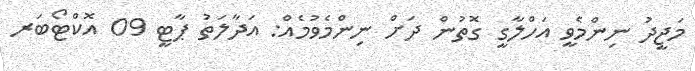
މަޖީދު ނިންމެވީ އަހްލާގީ ގޮތުން ދަށް ނިންމެވުމެއް: އަދާލަތު ޕާޓީ 09 އޮކްޓޯބަރ